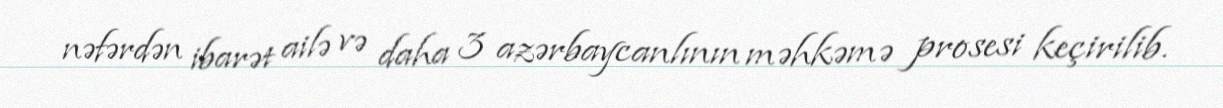
nəfərdən ibarət ailə və daha 3 azərbaycanlının məhkəmə prosesi keçirilib.